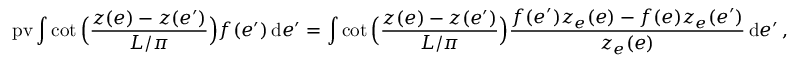
\mathrm { p v } \int \cot \Big ( \frac { z ( e ) - z ( e ^ { \prime } ) } { L / \pi } \Big ) f ( e ^ { \prime } ) \, \mathrm { d } e ^ { \prime } = \int \cot \Big ( \frac { z ( e ) - z ( e ^ { \prime } ) } { L / \pi } \Big ) \frac { f ( e ^ { \prime } ) z _ { e } ( e ) - f ( e ) z _ { e } ( e ^ { \prime } ) } { z _ { e } ( e ) } \, \mathrm { d } e ^ { \prime } \, ,